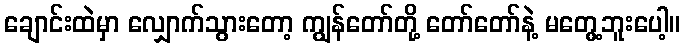
ချောင်းထဲမှာ လျှောက်သွားတော့ ကျွန်တော်တို့ တော်တော်နဲ့ မတွေ့ဘူးပေါ့။